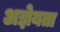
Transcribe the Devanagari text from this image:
अज्ञेयता